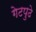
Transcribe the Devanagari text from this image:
गेटपुढे